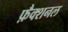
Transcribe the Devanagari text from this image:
फ़ैक्शनल